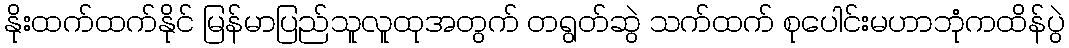
နိုးထက်ထက်နိုင် မြန်မာပြည်သူလူထုအတွက် တရွတ်ဆွဲ သက်ထက် စုပေါင်းမဟာဘုံကထိန်ပွဲ